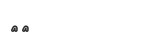
٦٢